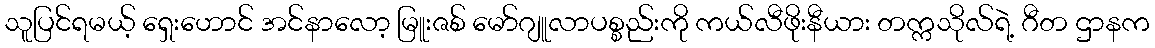
သူပြင်ရမယ့် ရှေးဟောင် အင်နာလော့ မြူးဇစ် မော်ဂျူလာပစ္စည်းကို ကယ်လီဖိုးနီယား တက္ကသိုလ်ရဲ့ ဂီတ ဌာနက